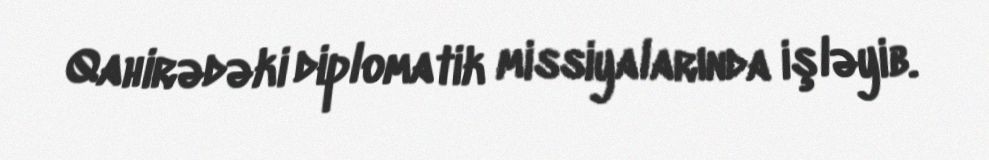
Qahirədəki diplomatik missiyalarında işləyib.